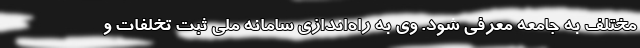
مختلف به جامعه معرفی شود. وی به راه‌اندازی سامانه ملی ثبت تخلفات و